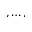
, \dots ,